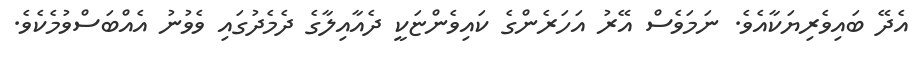
އެދޭ ބައިވެރިޔަކާއެވެ. ނަމަވެސް އޭރު އަހަރެންގެ ކައިވެންޏަކީ ދެއާއިލާގެ ދެމެދުގައި ވެވުނު އެއްބަސްވުމެކެވެ.